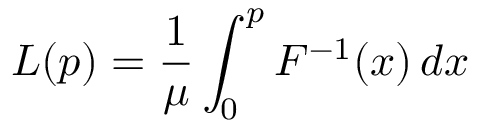
L ( p ) = \frac { 1 } { \mu } \int _ { 0 } ^ { p } F ^ { - 1 } ( x ) \, d x